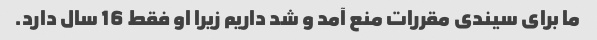
ما برای سیندی مقررات منع آمد و شد داریم زیرا او فقط 16 سال دارد.